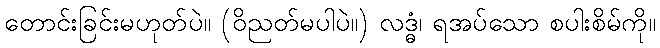
တောင်းခြင်းမဟုတ်ပဲ။ (ဝိညတ်မပါပဲ။) လဒ္ဓံ၊ ရအပ်သော စပါးစိမ်ကို။